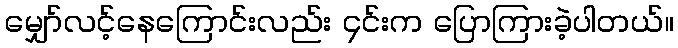
မျှော်လင့်နေကြောင်းလည်း ၄င်းက ပြောကြားခဲ့ပါတယ်။